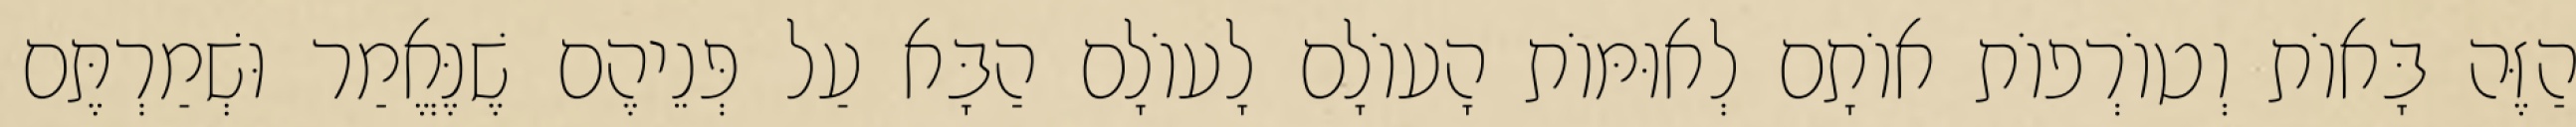
הַזֶּה בָּאוֹת וְטוֹרְפוֹת אוֹתָם לְאוּמּוֹת הָעוֹלָם לָעוֹלָם הַבָּא עַל פְּנֵיהֶם שֶׁנֶּאֱמַר וּשְׁמַרְתֶּם